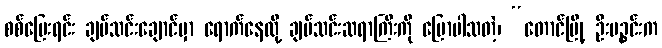
စစ်ပြေးရင်း ချပ်သင်းချောင်မှာ ရောက်နေလို့ ချပ်သင်းဆရာကြီးကို ပြောပါသတဲ့၊ “တောင်မြို့ ဦးပဉ္စင်းက